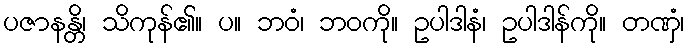
ပဇာနန္တိ၊ သိကုန်၏။ ပ။ ဘဝံ၊ ဘဝကို။ ဥပါဒါနံ၊ ဥပါဒါန်ကို။ တဏှံ၊